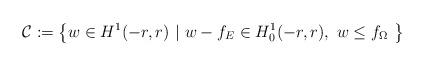
LaTeX: \begin{align*}\mathcal{C}&:=\left\{ w\in H^1(-r,r) \ | \ w-f_E \in H^1_0(-r,r), \ w\leq f_{\Omega} \ \right\} \end{align*}